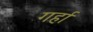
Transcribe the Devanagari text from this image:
गर्हा